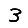
Digit: 3